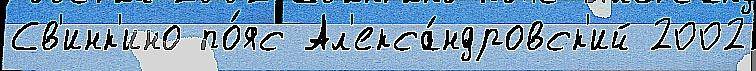
Св'инк'ино по́яс Ал'екса́ндровск'ий 2002